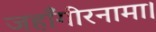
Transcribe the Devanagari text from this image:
जहाँगीरनामा।